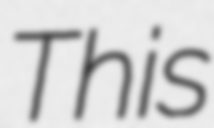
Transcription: This